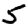
Digit: 5